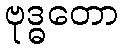
ဗုဒ္ဓတော